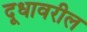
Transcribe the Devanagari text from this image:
दूधावरील